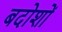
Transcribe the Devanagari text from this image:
बदोशों